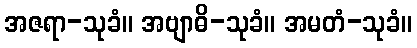
အဇရာ-သုခံ။ အဗျာဓိ-သုခံ။ အမတံ-သုခံ။